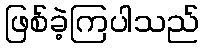
ဖြစ်ခဲ့ကြပါသည်